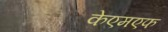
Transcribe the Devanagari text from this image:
केएमएफ